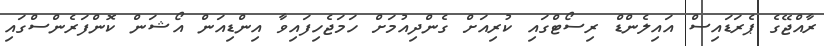
ރާއްޖޭގެ ޕެރަޑައިސް އައިލެންޑް ރިސޯޓްގައި ކުރިއަށް ގެންދިއުމަށް ހަމަޖެހިފައިވާ އިންޑިއަން އޯޝަން ކޮންފަރެންސްގައި